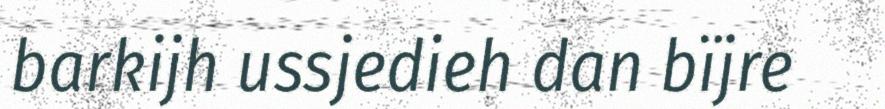
barkijh ussjedieh dan bïjre